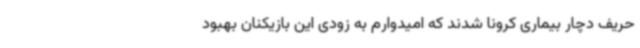
حریف دچار بیماری کرونا شدند که امیدوارم به زودی این بازیکنان بهبود